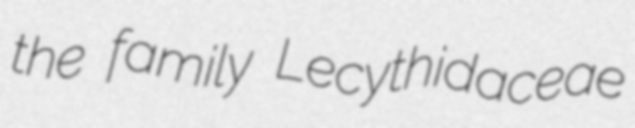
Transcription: the family Lecythidaceae